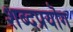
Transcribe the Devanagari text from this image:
शब्दप्रयॊग